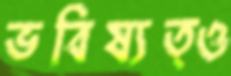
ভবিষ্যত্ও